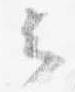
云